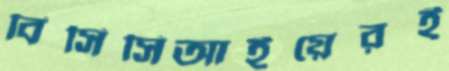
বিসিসিআইয়েরই